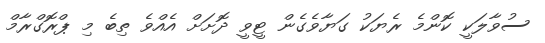
ސުވާލަކީ ކޮންމެ ރެޔަކު ގަޔާވެގެން ޓީވީ ދޮށަށް އެއްވެ ތިބެ މި ޕްރޮގްރާމް